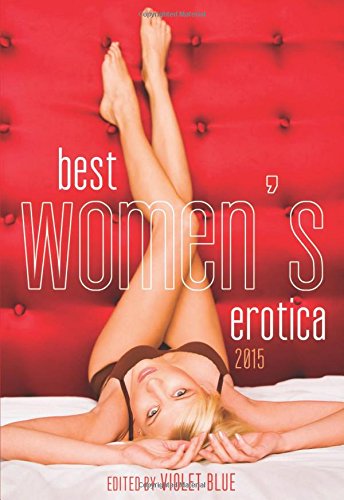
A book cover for Best Women's Erotica 2015; Romance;